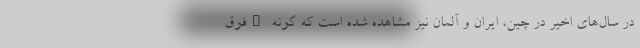
در سال‌های اخیر در چین، ایران و آلمان نیز مشاهده شده است که گونه "فوق